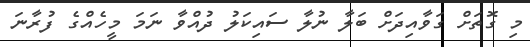
މި ގޮތަށް ގަވާއިދަށް ބަލާ ނުލާ ސައިކަލު ދުއްވާ ނަމަ މީހެއްގެ ފުރާނަ